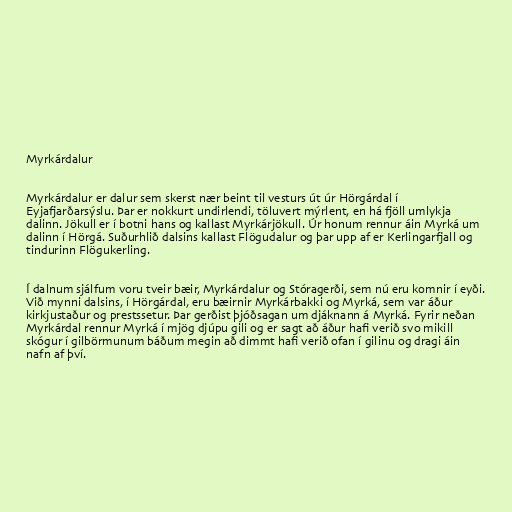
Myrkárdalur

Myrkárdalur er dalur sem skerst nær beint til vesturs út úr Hörgárdal í
Eyjafjarðarsýslu. Þar er nokkurt undirlendi, töluvert mýrlent, en há fjöll umlykja
dalinn. Jökull er í botni hans og kallast Myrkárjökull. Úr honum rennur áin Myrká um
dalinn í Hörgá. Suðurhlið dalsins kallast Flögudalur og þar upp af er Kerlingarfjall og
tindurinn Flögukerling.

Í dalnum sjálfum voru tveir bæir, Myrkárdalur og Stóragerði, sem nú eru komnir í eyði.
Við mynni dalsins, í Hörgárdal, eru bæirnir Myrkárbakki og Myrká, sem var áður
kirkjustaður og prestssetur. Þar gerðist þjóðsagan um djáknann á Myrká. Fyrir neðan
Myrkárdal rennur Myrká í mjög djúpu gili og er sagt að áður hafi verið svo mikill
skógur í gilbörmunum báðum megin að dimmt hafi verið ofan í gilinu og dragi áin
nafn af því.